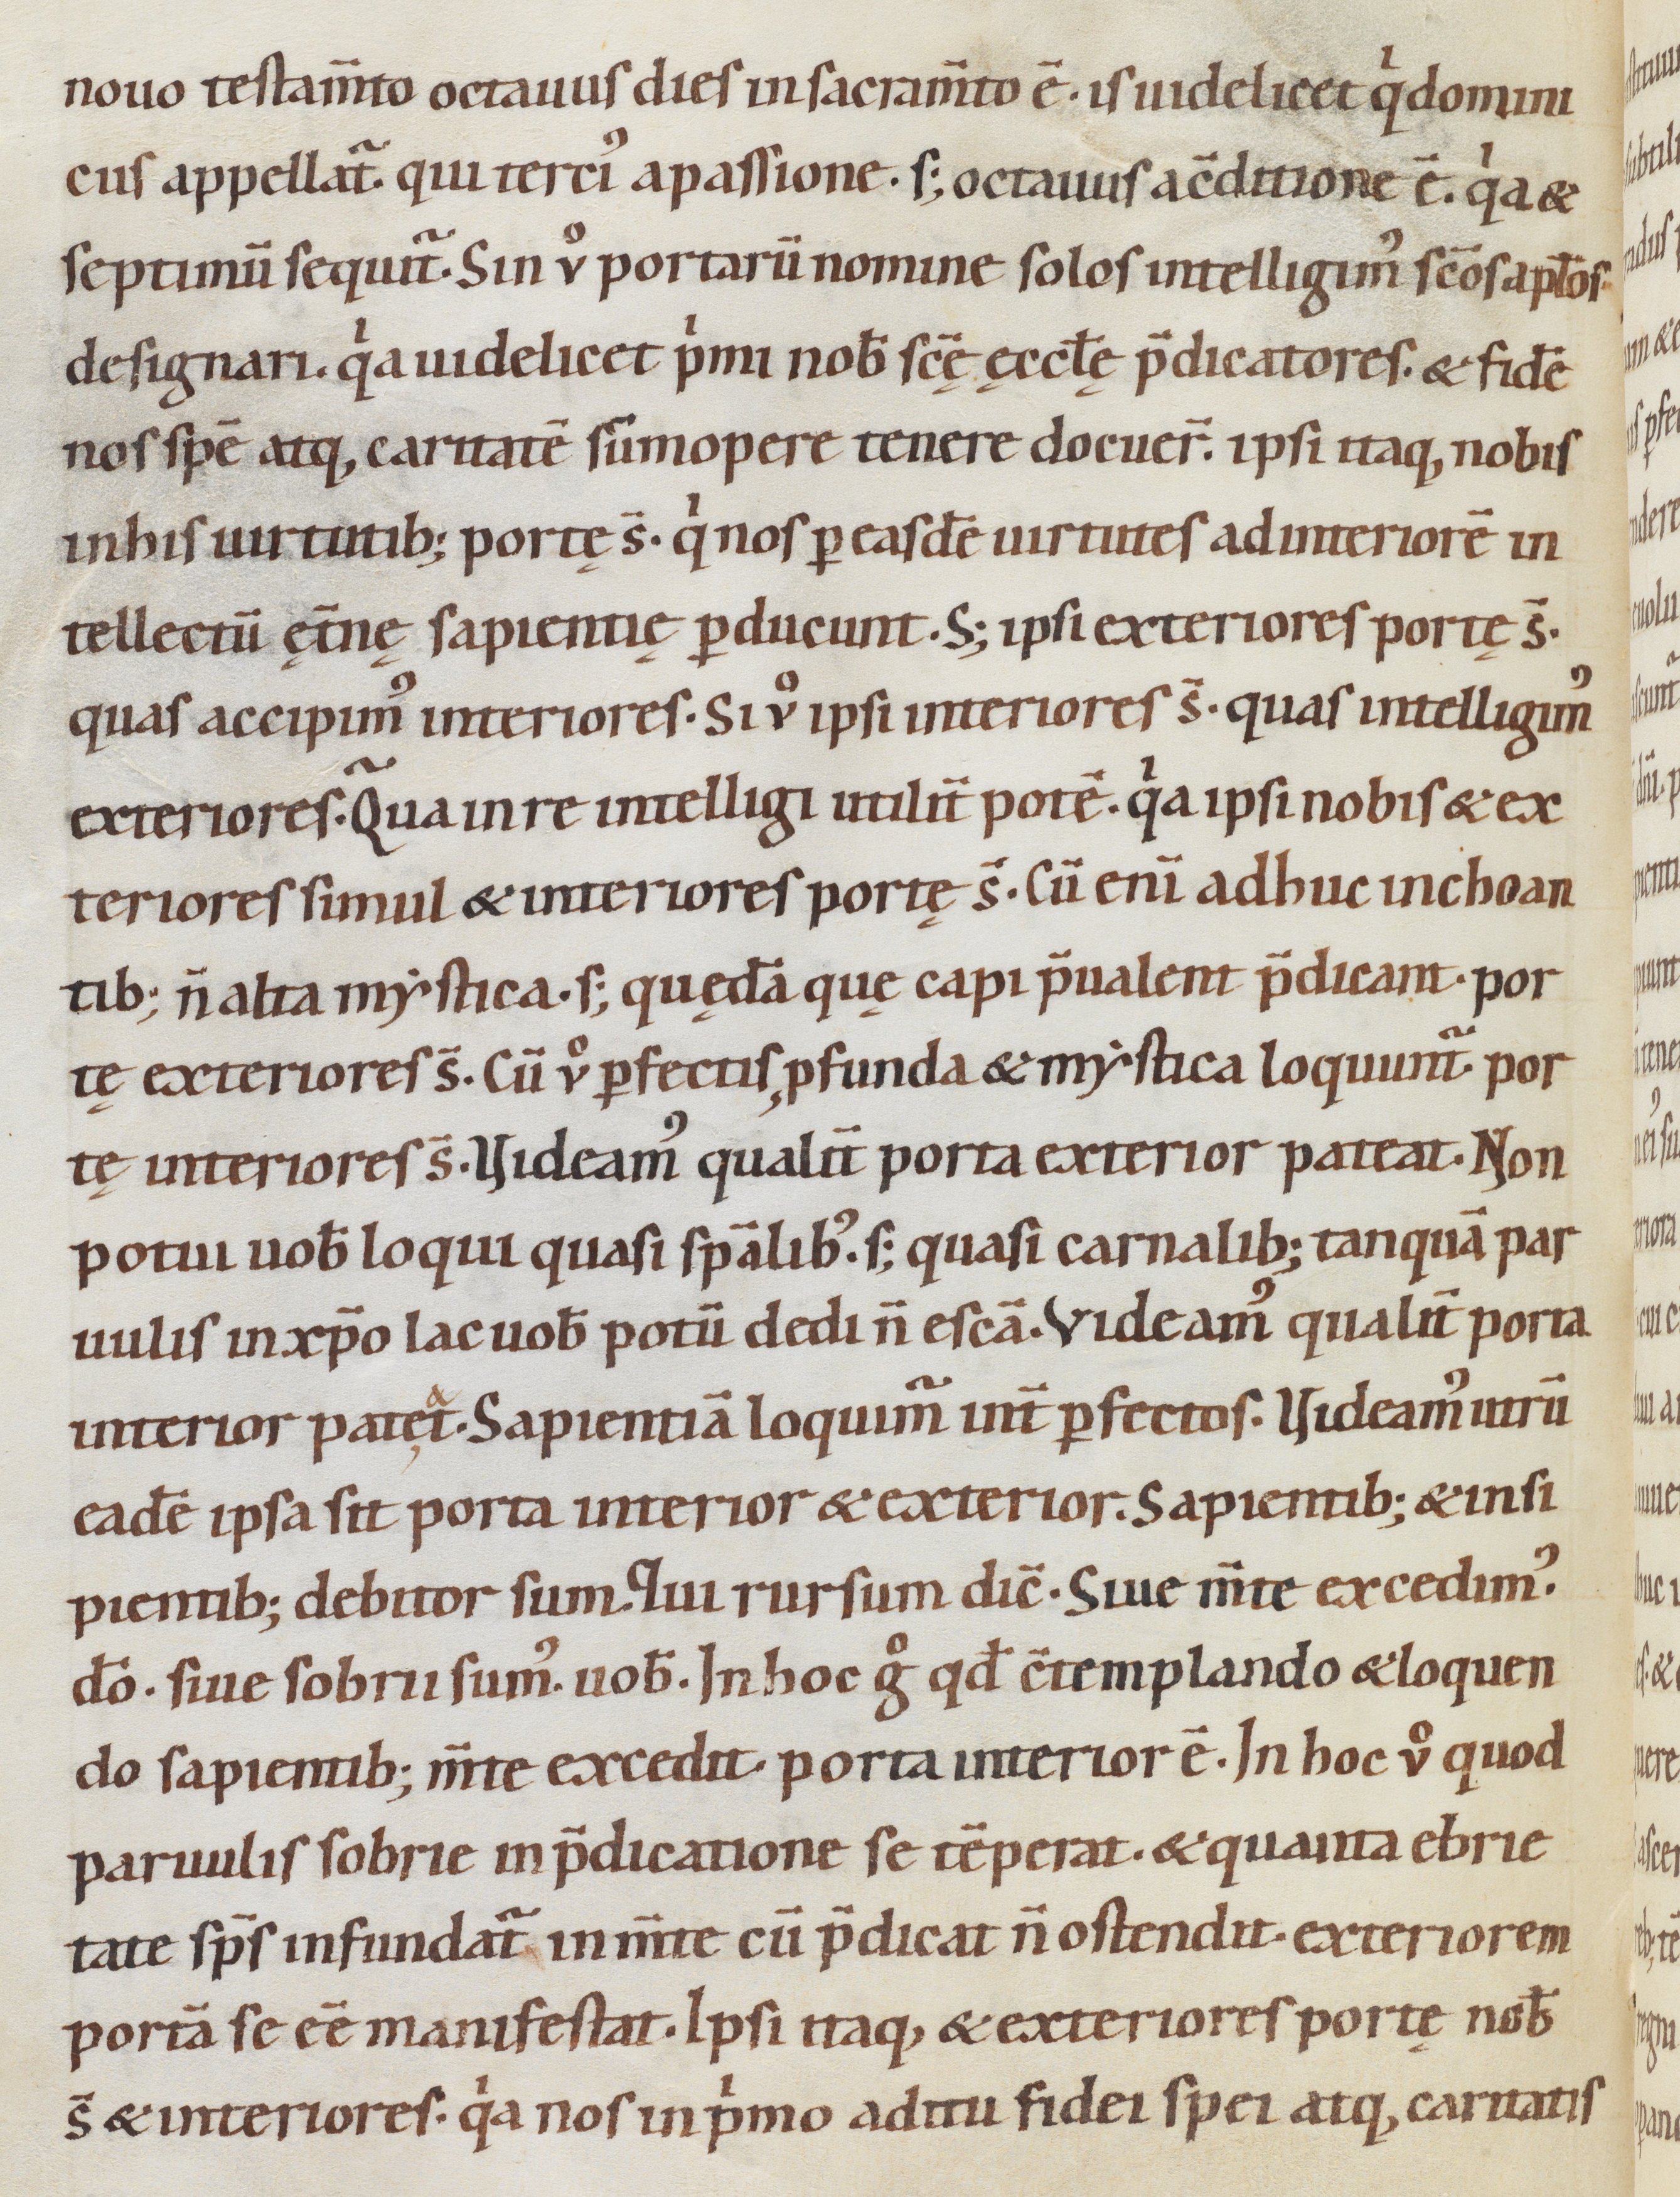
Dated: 1080–1096